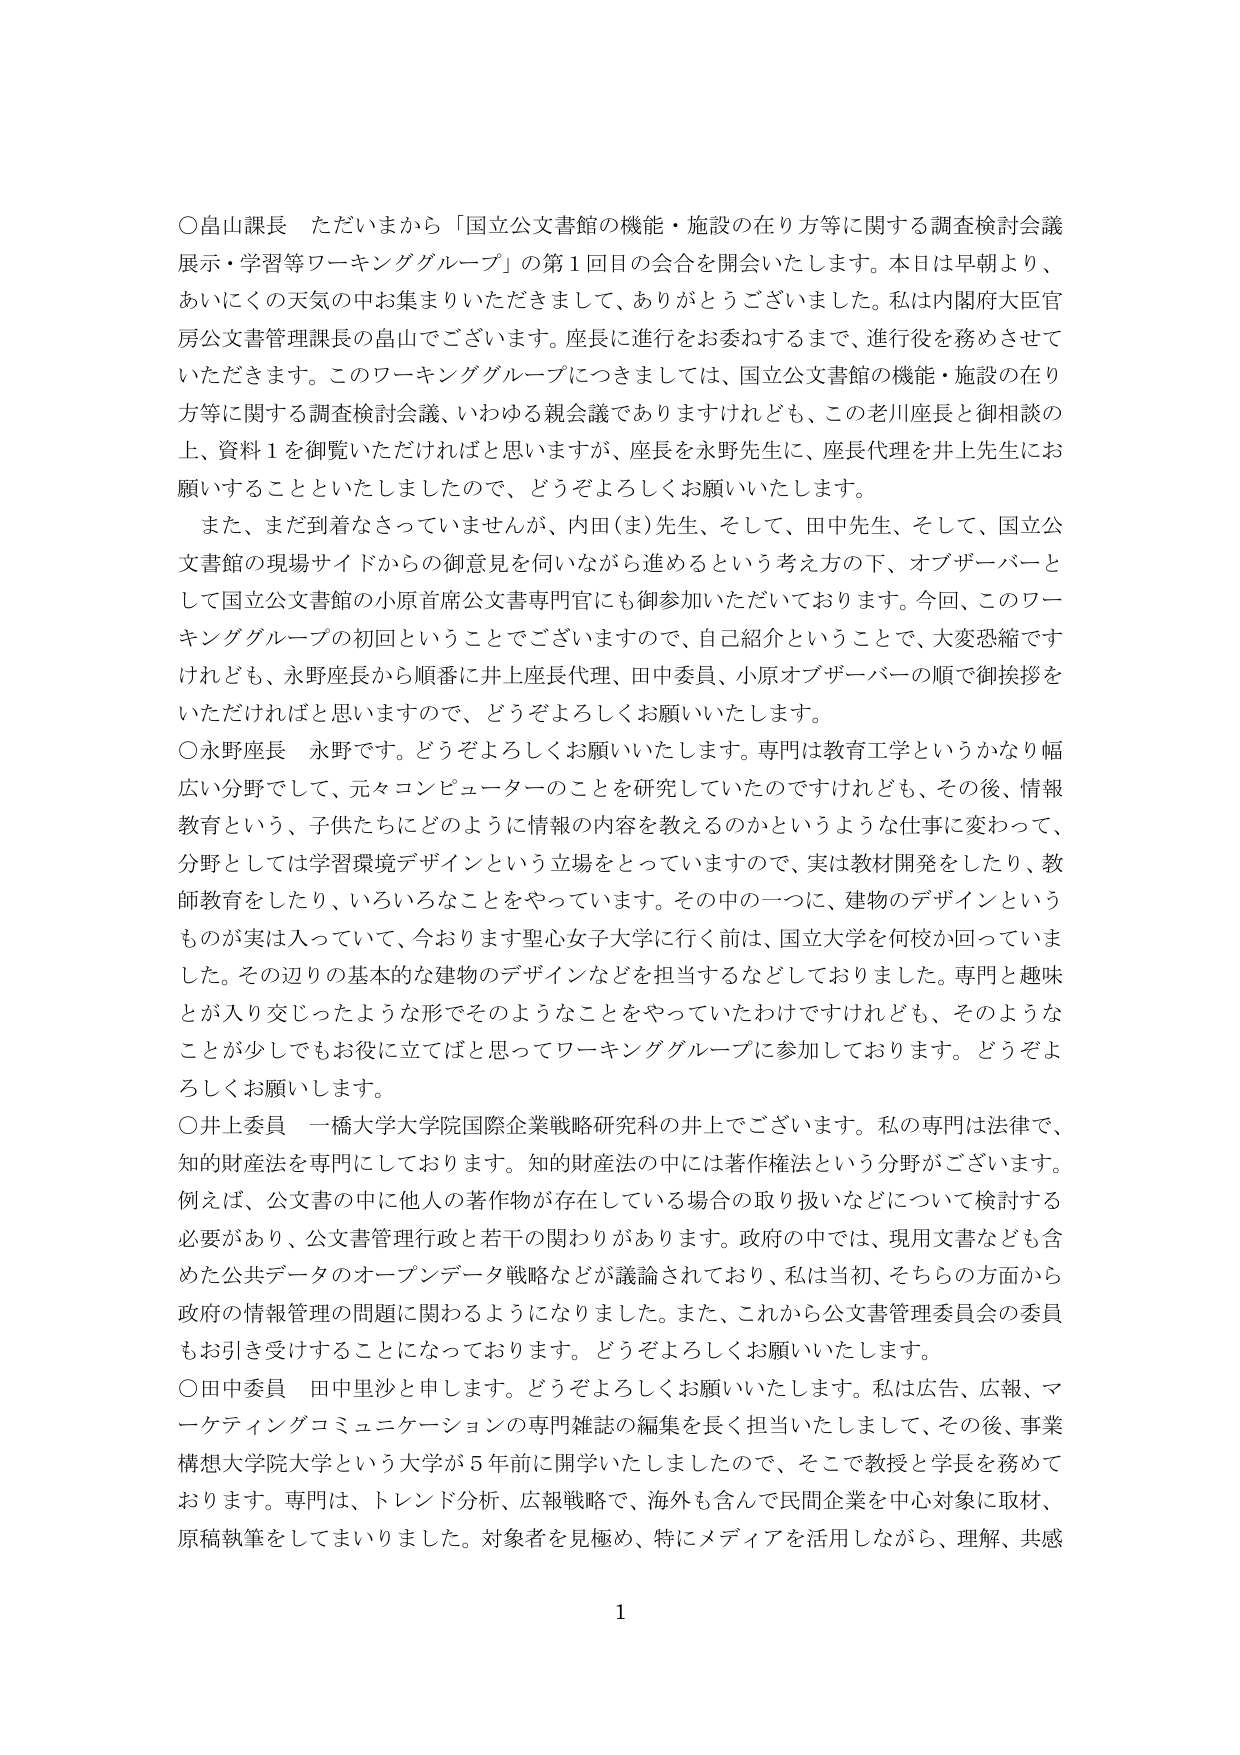
○畠山課長 ただいまから「国立公文書館の機能・施設の在り方等に関する調査検討会議 展示・学習等ワーキンググループ」の第1回目の会合を開会いたします。本日は早朝より、 あいにくの天気の中お集まりいただきまして、ありがとうございました。私は内閣府大臣官 房公文書管理課長の畠山でございます。座長に進行をお委ねするまで、進行役を務めさせて いただきます。このワーキンググループにつきましては、国立公文書館の機能・施設の在り 方等に関する調査検討会議、いわゆる親会議でありますけれども、この老川座長と御相談の 上、資料1を御覧いただければと思いますが、座長を永野先生に、座長代理を井上先生にお 願いすることといたしましたので、どうぞよろしくお願いいたします。

また、まだ到着なさっていませんが、内田(ま)先生、そして、田中先生、そして、国立公 文書館の現場サイドからの御意見を伺いながら進めるという考え方の下、オブザーバーと して国立公文書館の小原首席公文書専門官にも御参加いただいております。今回、このワー キンググループの初回ということでございますので、自己紹介ということで、大変恐縮です けれども、永野座長から順番に井上座長代理、田中委員、小原オブザーバーの順で御挨拶を いただければと思いますので、どうぞよろしくお願いいたします。

○永野座長 永野です。どうぞよろしくお願いいたします。専門は教育工学というかなり幅 広い分野でして、元々コンピューターのことを研究していたのですけれども、その後、情報 教育という、子供たちにどのように情報の内容を教えるのかというような仕事に変わって、 分野としては学習環境デザインという立場をとっていますので、実は教材開発をしたり、教 師教育をしたり、いろいろなことをやっています。その中の一つに、建物のデザインという ものが実は入っていて、今おります聖心女子大学に行く前は、国立大学を何校か回っていま した。その辺りの基本的な建物のデザインなどを担当するなどしておりました。専門と趣味 とが入り交じったような形でそのようなことをやっていたわけですけれども、そのような ことが少しでもお役に立てばと思ってワーキンググループに参加しております。どうぞよ ろしくお願いします。

○井上委員 一橋大学大学院国際企業戦略研究科の井上でございます。私の専門は法律で、 知的財産法を専門にしております。知的財産法の中には著作権法という分野がございます。 例えば、公文書の中に他人の著作物が存在している場合の取り扱いなどについて検討する 必要があり、公文書管理行政と若干の関わりがあります。政府の中では、現用文書なども含 めた公共データのオープンデータ戦略などが議論されており、私は当初、それらの方面から 政府の情報管理の問題に関わるようになりました。また、これから公文書管理委員会の委員 もお引き受けすることになっております。どうぞよろしくお願いいたします。

○田中委員 田中里沙と申します。どうぞよろしくお願いいたします。私は広告、広報、マ ーケティングコミュニケーションの専門雑誌の編集を長く担当いたしまして、その後、事業 構想大学院大学という大学が5年前に開学いたしましたので、そこで教授と学長を務めて おります。専門は、トレンド分析、広報戦略で、海外も含んで民間企業を中心対象に取材、 原稿執筆をしてまいりました。対象者を見極め、特にメディアを活用しながら、理解、共感

1